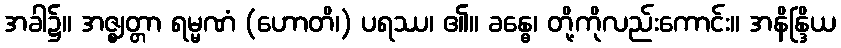
အခါ၌။ အဇ္ဈတ္တာ ရမ္မဏံ (ဟောတိ၊) ပရဿ၊ ၏။ ခန္ဓေ၊ တို့ကိုလည်းကောင်း။ အနိန္ဒြိယ